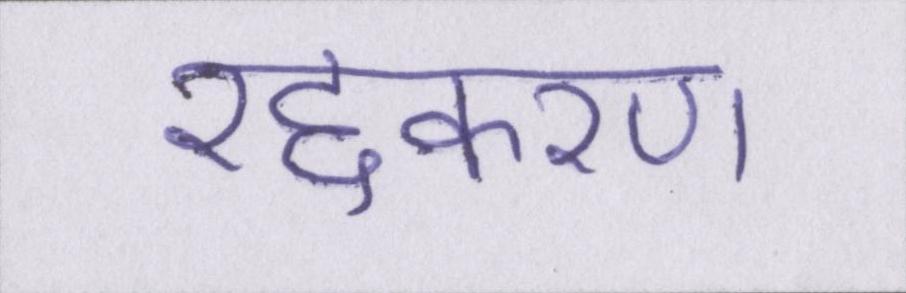
रद्दकरण